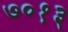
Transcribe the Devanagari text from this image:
७०१३